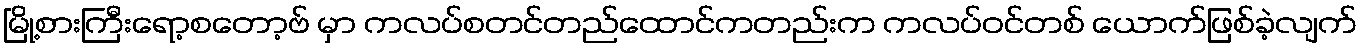
မြို့စားကြီးရော့စတော့ဗ် မှာ ကလပ်စတင်တည်ထောင်ကတည်းက ကလပ်ဝင်တစ် ယောက်ဖြစ်ခဲ့လျက်